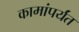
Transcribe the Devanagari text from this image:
कामांपर्यंत